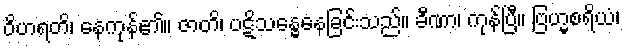
ဝိဟရတိ၊ နေကုန်၏။ ဇာတိ၊ ပဋိသန္ဓေနေခြင်းသည်။ ခီဏာ၊ ကုန်ပြီ။ ဗြဟ္မစရိယံ၊